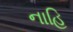
નાહિ